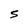
Character: 5